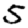
Digit: 5